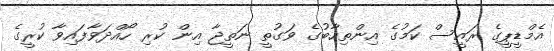
އެމްޑީޕީގެ ރައީސް ކަމުގެ އިންތިހާބުގެ ވަގުތީ ނަތީޖާ އިން ކުރި ހޯއްދަވާފައިވާ ކުރީގެ